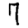
Digit: 7